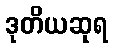
ဒုတိယဆုရ